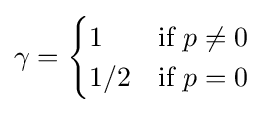
\gamma ={\begin{cases}1&{\mbox{if }}p\neq 0\\1/2&{\mbox{if }}p=0\end{cases}}